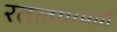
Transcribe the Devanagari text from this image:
रतलाममार्गे